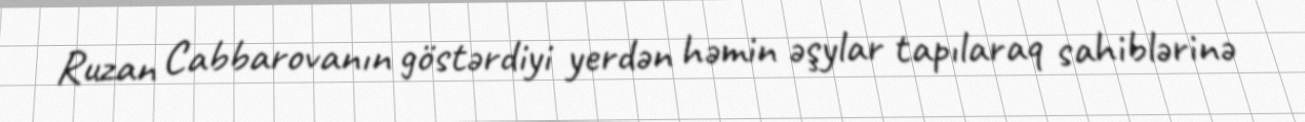
Ruzan Cabbarovanın göstərdiyi yerdən həmin əşylar tapılaraq sahiblərinə